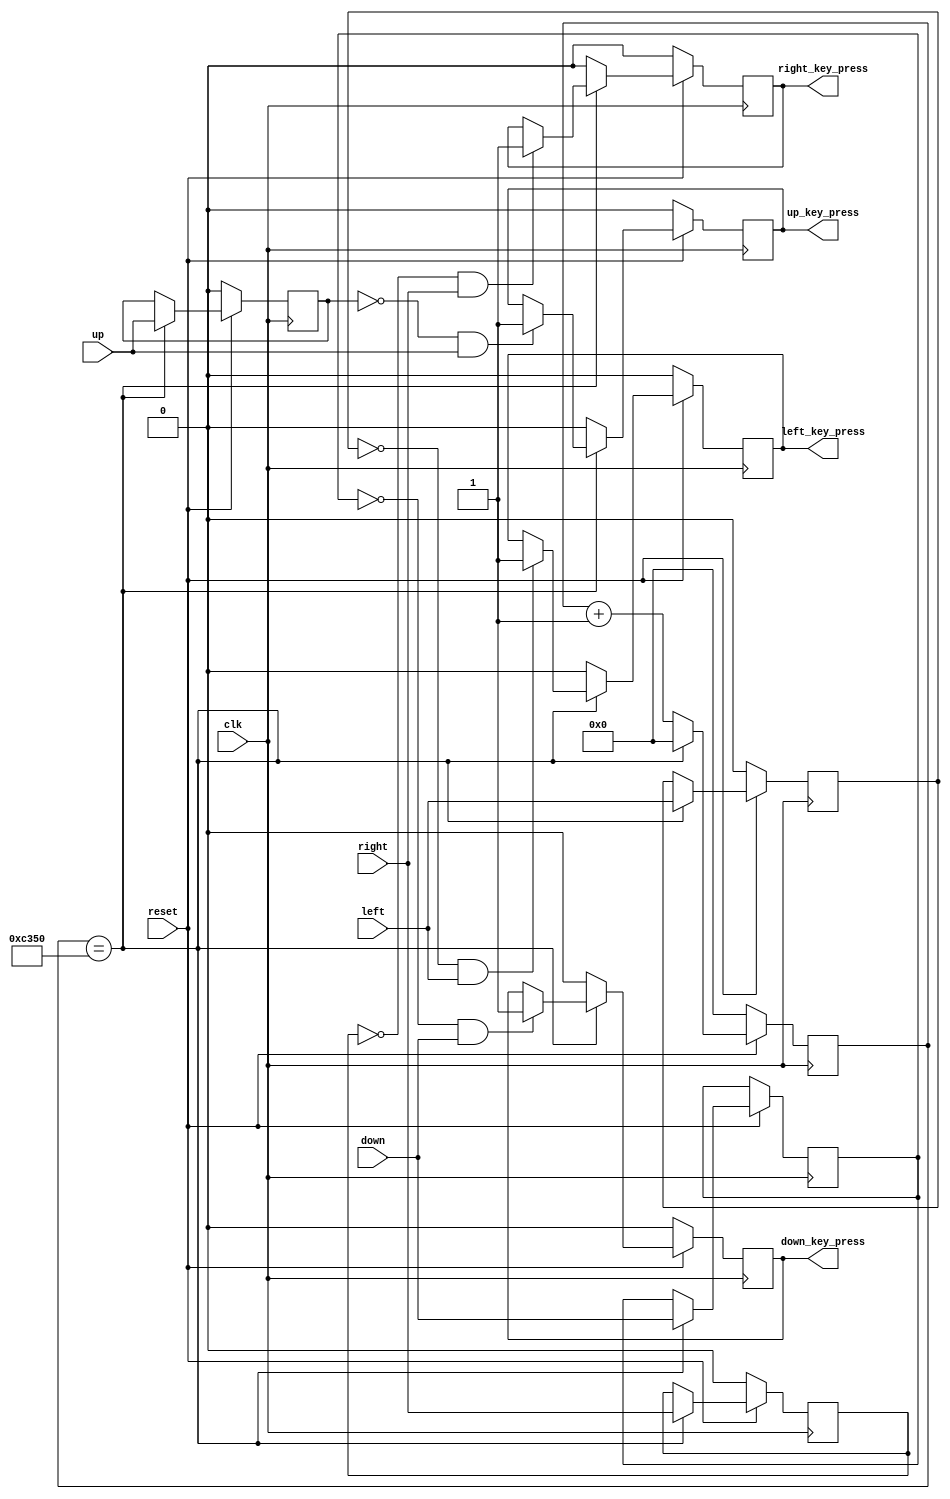
`timescale 1ns / 1ps

module Key (
	input clk,
	input reset,
	input left,
	input right,
	input up,
	input down,
	output reg left_key_press,
	output reg right_key_press,
	output reg up_key_press,
	output reg down_key_press
	);
	
	reg [31:0] clk_cnt;
	reg left_key_last;
	reg right_key_last;
	reg up_key_last;
	reg down_key_last;
	
	always @( posedge clk ) begin
		if( !reset ) begin
			clk_cnt <= 0;
			left_key_press <= 0;
			right_key_press <= 0;
			up_key_press <= 0;
			down_key_press <= 0;
			left_key_last <= 0;
			right_key_last <= 0;
			up_key_last <= 0;
			right_key_last <= 0;
		end
		
		else begin
			if( clk_cnt == 50000 ) begin
				clk_cnt <= 0;
				left_key_last <= left;
				right_key_last <= right;
				up_key_last <= up;
				down_key_last <= down;
				if( left_key_last == 0 && left == 1 ) begin
					left_key_press <= 1;
				end
				
				if( right_key_last == 0 && right == 1 ) begin
					right_key_press <= 1;				
				end

				if( up_key_last == 0 && up == 1 ) begin
					up_key_press <= 1;
				end

				if( down_key_last == 0 && down == 1 ) begin
					down_key_press <= 1;
				end
			end
			
			else begin
				clk_cnt <= clk_cnt + 1;
				left_key_press <= 0;
				right_key_press <= 0;
				up_key_press <= 0;
				down_key_press <= 0;
			end
		end
	end
endmodule